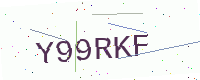
Text: Y99RKF